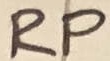
Text: RP